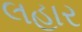
લહાર